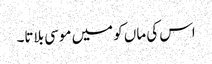
اس کی ماں کو میں موسی بلاتا۔